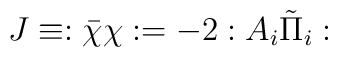
J\equiv:\bar\chi\chi:=-2:A_i\tilde\Pi_i: